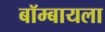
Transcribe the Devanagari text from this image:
बॉम्बायला